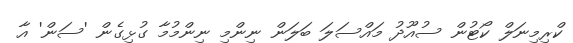
ކްރިމިނަލް ކޯޓުން ސުއޫދު މައްސަލަ ބަލަން ނިންމި ނިންމުމާ ގުޅިގެން 'ސަން' އާ